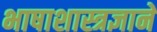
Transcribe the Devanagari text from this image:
भाषाशास्त्रज्ञानें